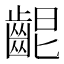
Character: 𪘄